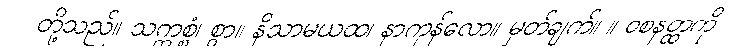
တို့သည်။ သက္ကစ္စံ၊ စွာ။ နိသာမယထ၊ နာကုန်လော။ မှတ်ချက်။ ။ ဝစနတ္ထကို